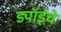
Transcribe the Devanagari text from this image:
ड्यॉईचे